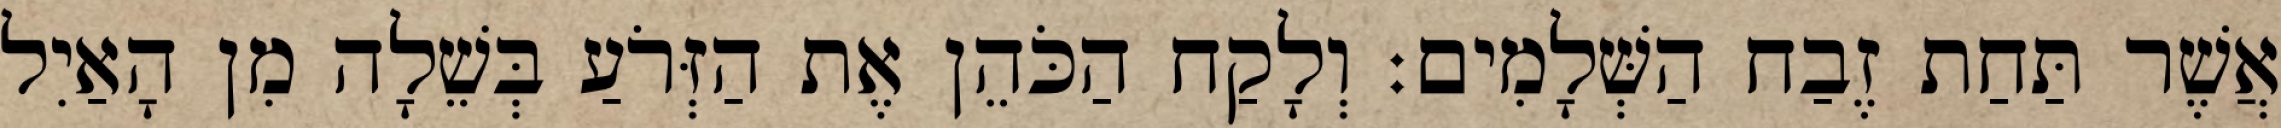
אֲשֶׁר תַּחַת זֶבַח הַשְּׁלָמִים׃ וְלָקַח הַכֹּהֵן אֶת הַזְּרֹעַ בְּשֵׁלָה מִן הָאַיִל